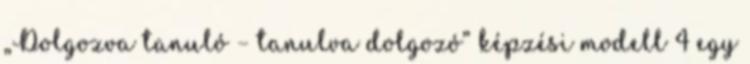
„Dolgozva tanuló – tanulva dolgozó” képzési modell 4 egy